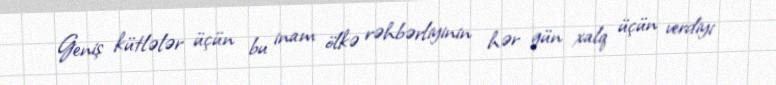
Geniş kütlələr üçün bu inam ölkə rəhbərliyinin hər gün xalq üçün verdiyi